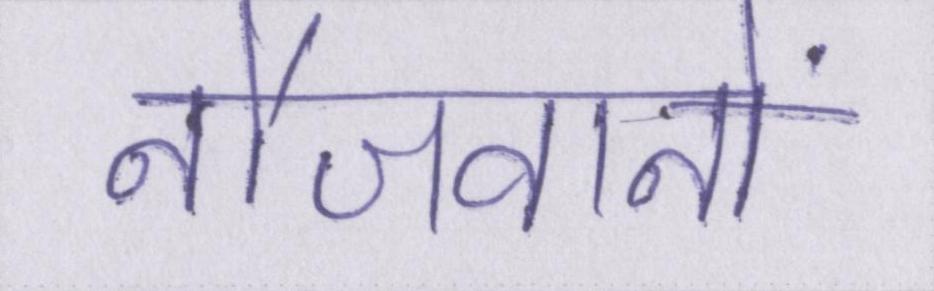
नौजवानों